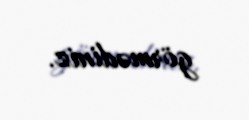
görmədiniz.